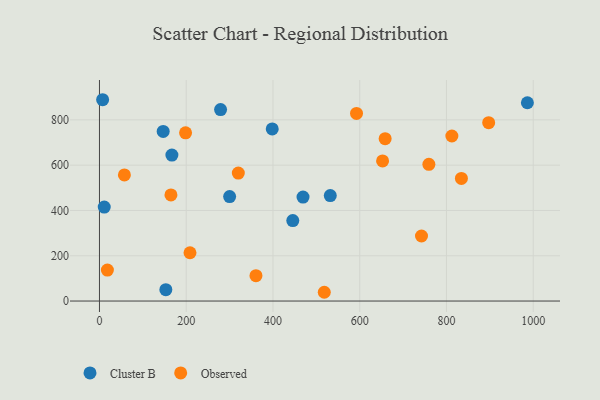
{"axis": {"x": "Price", "y": "Sales"}, "legend": ["Cluster B", "Observed"], "data": [{"x": "398.3", "y": 760.0, "type": "Cluster B"}, {"x": "146.9", "y": 749.0, "type": "Cluster B"}, {"x": "11.0", "y": 415.1, "type": "Cluster B"}, {"x": "445.7", "y": 355.2, "type": "Cluster B"}, {"x": "532.1", "y": 465.9, "type": "Cluster B"}, {"x": "986.5", "y": 875.7, "type": "Cluster B"}, {"x": "469.3", "y": 458.9, "type": "Cluster B"}, {"x": "7.3", "y": 889.0, "type": "Cluster B"}, {"x": "167.0", "y": 644.4, "type": "Cluster B"}, {"x": "153.0", "y": 50.1, "type": "Cluster B"}, {"x": "300.1", "y": 461.2, "type": "Cluster B"}, {"x": "279.2", "y": 845.6, "type": "Cluster B"}, {"x": "592.6", "y": 828.3, "type": "Observed"}, {"x": "652.7", "y": 618.9, "type": "Observed"}, {"x": "742.4", "y": 287.3, "type": "Observed"}, {"x": "320.1", "y": 565.2, "type": "Observed"}, {"x": "18.3", "y": 136.9, "type": "Observed"}, {"x": "759.4", "y": 603.9, "type": "Observed"}, {"x": "360.8", "y": 112.2, "type": "Observed"}, {"x": "164.8", "y": 468.6, "type": "Observed"}, {"x": "897.3", "y": 787.8, "type": "Observed"}, {"x": "658.6", "y": 717.2, "type": "Observed"}, {"x": "57.5", "y": 556.8, "type": "Observed"}, {"x": "208.7", "y": 213.3, "type": "Observed"}, {"x": "834.4", "y": 541.6, "type": "Observed"}, {"x": "198.5", "y": 743.0, "type": "Observed"}, {"x": "518.3", "y": 38.7, "type": "Observed"}, {"x": "812.4", "y": 728.8, "type": "Observed"}]}